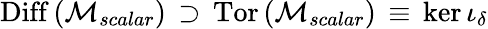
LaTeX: \mathrm{Diff}\left({\cal M}_{scalar}\right)\, \supset\, \mathrm{Tor}\left({\cal M}_{scalar}\right)\, \equiv\, \mathrm{ker}\, \iota_{\delta}